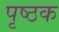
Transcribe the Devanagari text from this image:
पृष्ठक